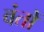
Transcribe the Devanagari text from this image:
वंतों